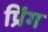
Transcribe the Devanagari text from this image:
प्रिंग